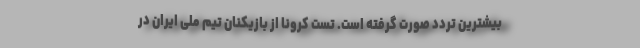
بیشترین تردد صورت گرفته است. تست کرونا از بازیکنان تیم ملی ایران در